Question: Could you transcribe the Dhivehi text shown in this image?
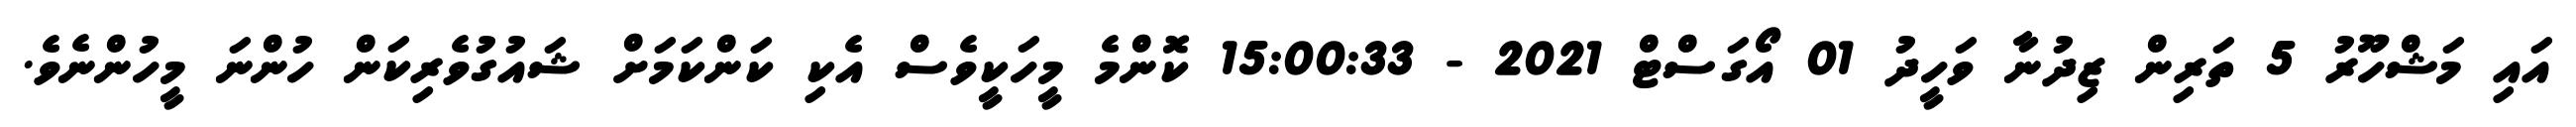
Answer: އައި މަޝްހޫރު 5 ތަރިން ޒިދުނާ ވަހީދު 01 އޯގަސްޓް 2021 - 15:00:33 ކޮންމެ މީހަކީވެސް އެކި ކަންކަމަށް ޝައުގުވެރިކަން ހުންނަ މީހުންނެވެ.